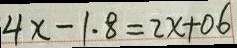
4 x - 1 . 8 = 2 x + 0 . 6